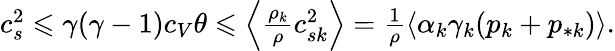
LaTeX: \begin{array}{r}{c_{s}^{2}\leqslant\gamma(\gamma-1)c_{V}\theta\leqslant\Big\langle\frac{\rho_{k}}{\rho}c_{sk}^{2}\Big\rangle=\frac{1}{\rho}\langle\alpha_{k}\gamma_{k}(p_{k}+p_{*k})\rangle.}\end{array}